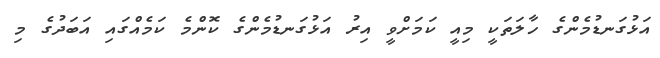
އަޅުގަނޑުމެންގެ ހާލަތަކީ މިއީ ކަމަށްވީ އިރު އަޅުގަނޑުމެންގެ ކޮންމެ ކަމެއްގައި އަބަދުގެ މި